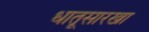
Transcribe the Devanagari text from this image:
धातूसारखा